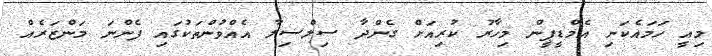
މިއީ ހަމައެކަނި އެމްޑީޕީން މިހާރު ކުރިއަށް ގެންދާ ސިލްސިލާ އެއްވުންތަކުގައި ފެންނަ މަންޒަރެއް